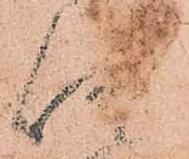
仰